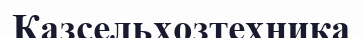
Казсельхозтехника